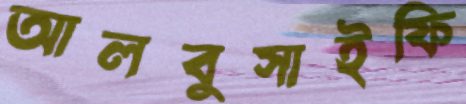
আলবুসাইফি